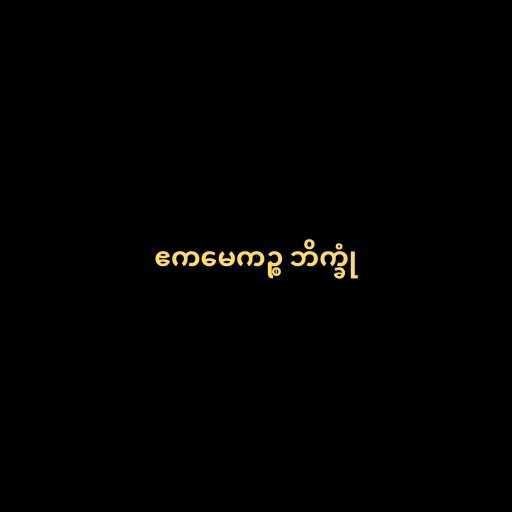
ဧကမေကဉ္စ ဘိက္ခုံ